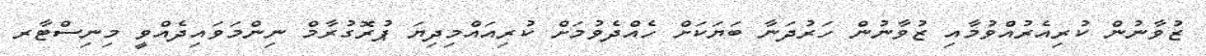
ޒުވާނުން ކުރިއެރުއްވުމާއި ޒުވާނުން ހަރުދަނާ ބަޔަކަށް ހެއްދެވުމަށް ކުރިއައްމިދިޔަ ޕުރޮގުރާމް ނިންމަވައިދެއްވީ މިނިސްޓާރ